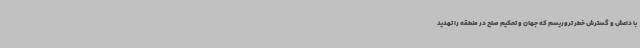
با داعش و گسترش خطر تروریسم که جهان و تحکیم صلح در منطقه را تهدید